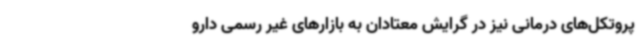
پروتکل‌های درمانی نیز در گرایش معتادان به بازارهای غیر رسمی دارو